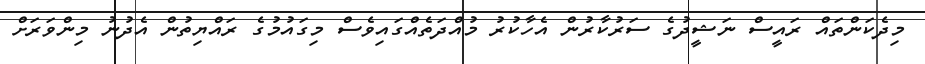
މިދެކަންތައް ރައީސް ނަޝީދުގެ ސަރުކާރުން އެހާކުރު މުއްދަތެއްގައިވެސް މިގައުމުގެ ރައްޔިތުން އެދުނު މިންވަރަށް